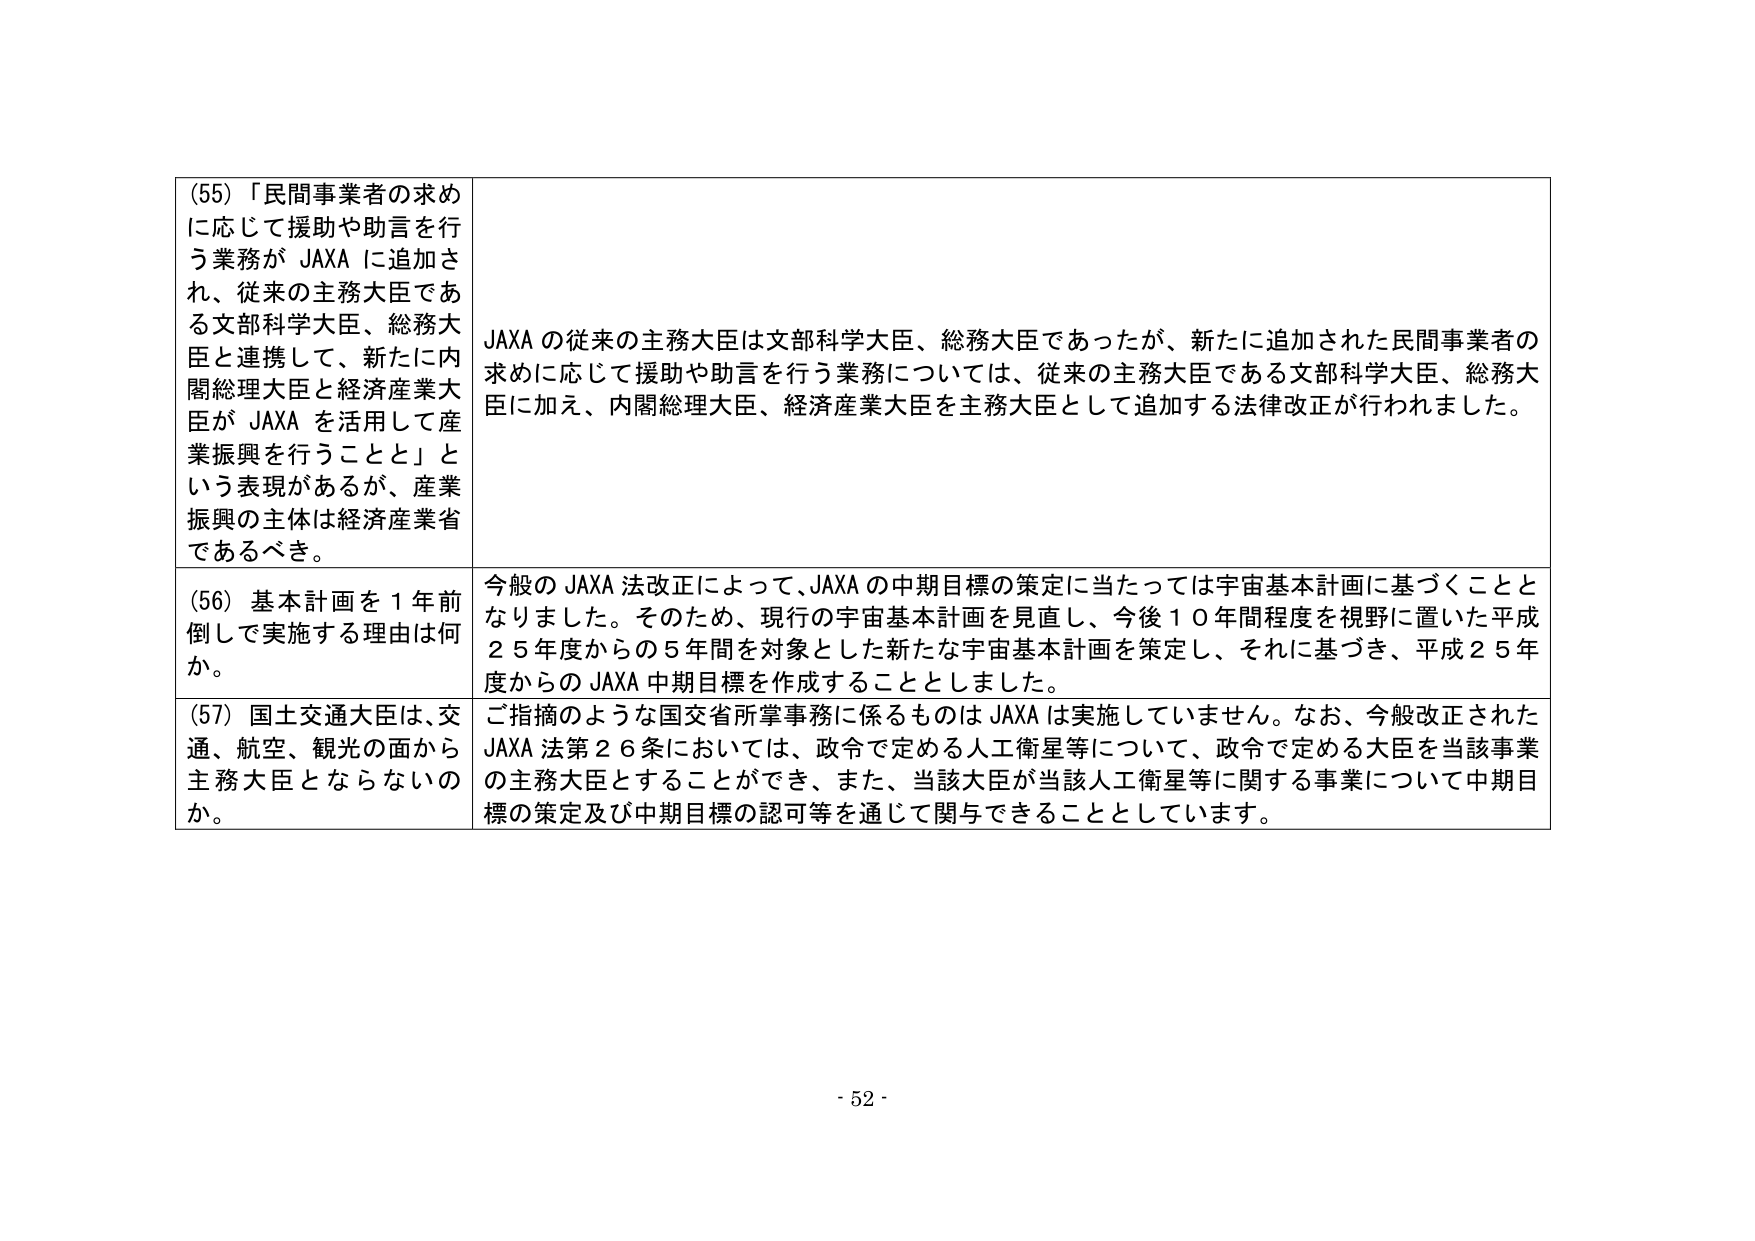
(55) 「民間事業者の求めに応じて援助や助言を行う業務が JAXA に追加され、従来の主務大臣である文部科学大臣、総務大臣と連携して、新たに内閣総理大臣と経済産業大臣が JAXA を活用して産業振興を行うことと」という表現があるが、産業振興の主体は経済産業省であるべき。

JAXA の従来の主務大臣は文部科学大臣、総務大臣であったが、新たに追加された民間事業者の求めに応じて援助や助言を行う業務については、従来の主務大臣である文部科学大臣、総務大臣に加え、内閣総理大臣、経済産業大臣を主務大臣として追加する法律改正が行われました。

(56) 基本計画を１年前倒しして実施する理由は何か。

今般の JAXA 法改正によって、JAXA の中期目標の策定に当たっては宇宙基本計画に基づくこととなりました。そのため、現行の宇宙基本計画を見直し、今後１０年間程度を視野に置いた平成２５年度からの５年間を対象とした新たな宇宙基本計画を策定し、それに基づき、平成２５年度からの JAXA 中期目標を作成することとしました。

(57) 国土交通大臣は、交通、航空、観光の面から主務大臣とならないのか。

ご指摘のような国交省所掌事務に係るものは JAXA は実施していません。なお、今般改正された JAXA 法第２６条においては、政令で定める人工衛星等について、政令で定める大臣を当該事業の主務大臣とすることができ、また、当該大臣が当該人工衛星等に関する事業について中期目標の策定及び中期目標の認可等を通じて関与できることとしています。

- 52 -